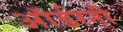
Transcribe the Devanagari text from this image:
ऑर्डरनी